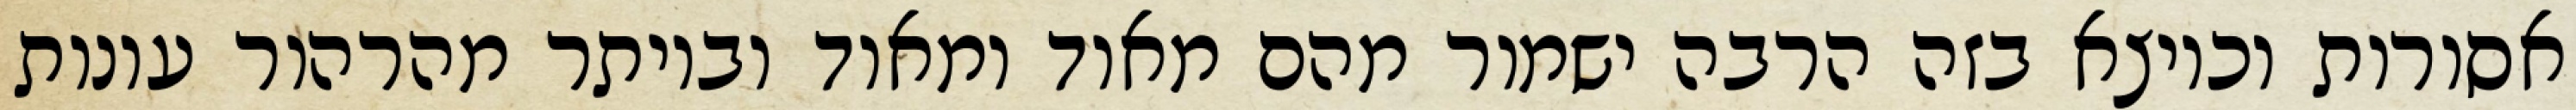
אסורות וכיוצא בזה הרבה ישמור מהם מאוד ומאוד וביותר מהרהור עונות